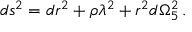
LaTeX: d s ^ { 2 } = d r ^ { 2 } + \rho \lambda ^ { 2 } + r ^ { 2 } d \Omega _ { 5 } ^ { 2 } \, .